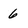
Character: 6